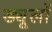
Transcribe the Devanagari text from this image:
ड्यूलों